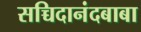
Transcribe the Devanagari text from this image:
सच्चिदानंदबाबा